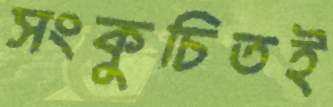
সংকুচিতই